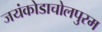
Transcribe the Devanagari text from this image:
जयंकोडाचोलपुरम